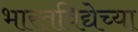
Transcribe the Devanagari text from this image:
भारतविद्येच्या